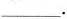
___.